Statistical return of the lunatic asylum in Assam - 1912-1932
Year: 1912
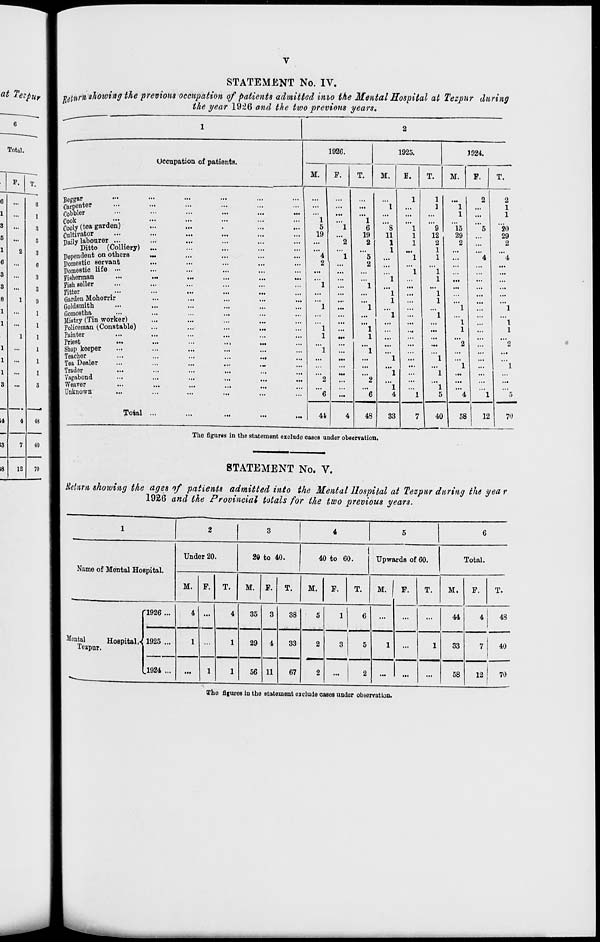
STATEMENT No. IV.
Mnrn showing the previous occupation of patients admitted inio the Mental Hospital at Tezpur during
the year 1926 and the two previous years.
Occupation of patients.
Beggar
Carpenter
Cobbler
Cook
, •••
Coaly (tea garden)
Cultivator
Tlailv labourer ...
V
Ditto (Colliery) ...
Dependent on others
Domestic servant
Domestic life •••
Fisherman
pish seller
Fitter
Garden Mohorrir
Goldsmith
flomostha
Jtistry (Tin worker)
Policeman (Constable)
Painter
Priest
•••
••■
Shop keeper
Teacher
Tea Dealer
Trader
•••
Vagabond
Weaver
Unknown
...
Total ...
192G.
M.
F.
1025.
J024.
M.
I.
M.
F.
...
...
...
...
...
•
...
...
• ••
...
...
...
...
...
...
...
...
...
...
...
...
...
...
...
...
...
...
...
...
...
...
...
...
...
...
...
...
...
...
...
...
...
...
...
...
...
...
...
...
...
...
•••
...
.<-
—
...
...
...
...
...
...
...
...
...
...
...
...
1
5
19
1
6
19
2
"*5
2
8
11
1
1
44
9
12
2
1
1
"l
1
"l
1
1
1
is
29
2
33
40
58
The figures in the statement exclude cases under observation.
T.
12
2
1
1
"20
29
2
1
1
'2
"l
70
STATEMENT No. V.
Return showing the ages of patients admitted into the Mental Hospital at Tezpur dwring the yea r
1926 and the Provincial totals for the two previous years.
1
!
2
|
3
4
5
6
Name of Mental Hospital.
Under 20.
20 to 40.
40 to 60.
Upwards of 60.
Total.
M. F.
T.
M. ft
i.
M.
F.
T.
M. | F.
T.
M.
F.
T.
'1926 ...
4
4
35
3
38
5
1
6
...
...
...
44
4
48
Mental
HoBpital,<
Teaput.
1925 ...
1
1
29 4
33
2
2
3
5
1
...
1
33
7
40
__
.1924 ...
...
1
1
H 11
67
...
2
...
58
12
70
The figures in the statement exclude cases undor observation.